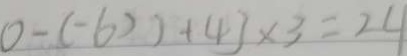
0 - ( - 6 ) ) + 4 7 \times 3 = 2 4